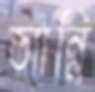
আন্নি